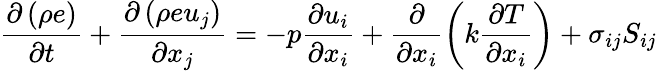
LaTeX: \frac{\partial\left(\rho e\right)}{\partial t}+\frac{\partial\left(\rho eu_{j}\right)}{\partial x_{j}}=-p\frac{\partial u_{i}}{\partial x_{i}}+\frac{\partial}{\partial x_{i}}\left(k\frac{\partial T}{\partial x_{i}}\right)+\sigma_{ij}S_{ij}